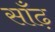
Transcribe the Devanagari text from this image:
साँढ़